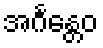
အင်္ဂန္တေဝ